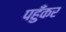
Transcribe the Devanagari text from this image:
पहुँकर